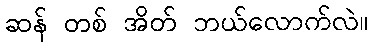
ဆန် တစ် အိတ် ဘယ်လောက်လဲ။